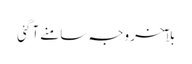
بلآخر وجہ سامنے آگئی